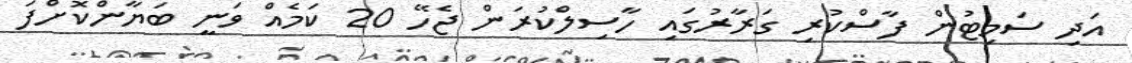
އަދި ސަމިޓުން ފާސްކުރި ގަރާރުގައި ހާސިލްކުރަން ޖެހޭ 20 ކަމެއް ވަނީ ބަޔާންކޮށްފަ